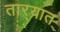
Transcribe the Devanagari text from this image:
तार्‍यात